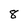
Character: 8